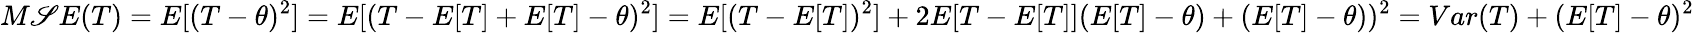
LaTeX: M\mathscr{S}E(T)=E[(T-\theta)^{2}]=E[(T-E[T]+E[T]-\theta)^{2}]=E[(T-E[T])^{2}]+2E[T-E[T]](E[T]-\theta)+(E[T]-\theta))^{2}=Var(T)+(E[T]-\theta)^{2}